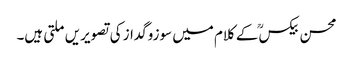
محسن بیکسؒ کے کلام میں سوزوگداز کی تصویریں ملتی ہیں۔